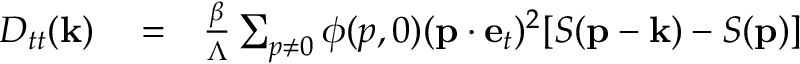
\begin{array} { r l r } { D _ { t t } ( { \bf k } ) } & { { } = } & { \frac { \beta } { \Lambda } \sum _ { p \neq 0 } \phi ( p , 0 ) ( { \bf p } \cdot { \bf e } _ { t } ) ^ { 2 } [ S ( { \bf p } - { \bf k } ) - S ( { \bf p } ) ] } \end{array}